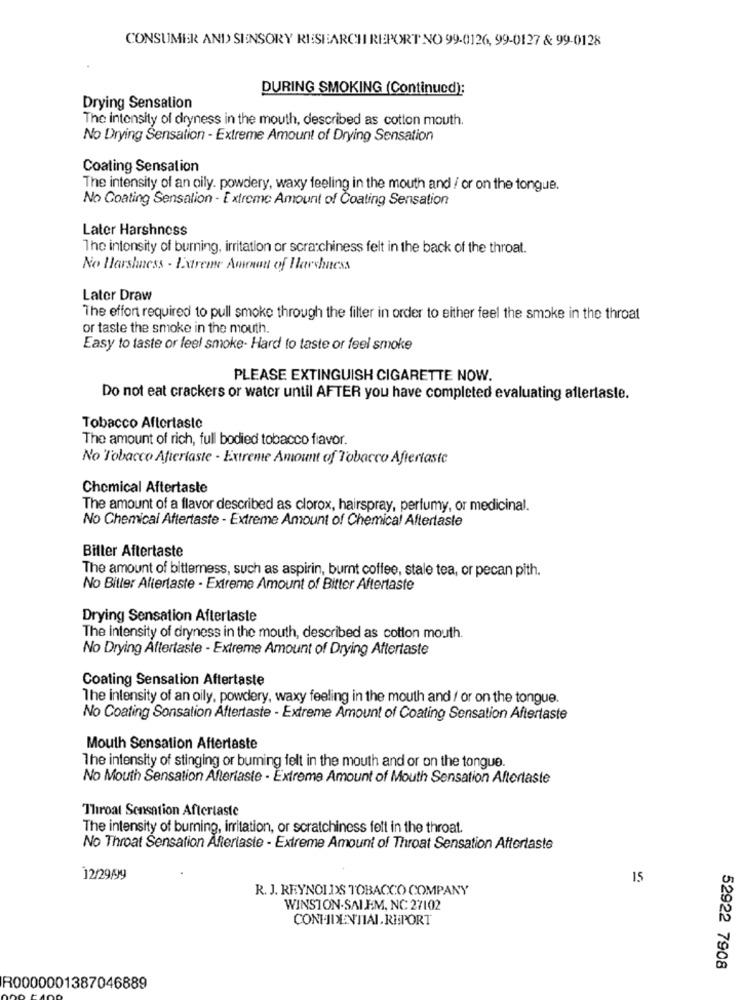
CONSUMER AND SENSORY RESEARCH REPORT NO 99-0126, 99-0127 & 99-0128
DURING SMOKING (Continued):
Drying Sensation
The intensity of dryness in the mouth, described as cotton mouth.
No Drying Sensation - Extreme Amount of Drying Sensation
Coating Sensation
The intensity of an oily. powdery, waxy feeling in the mouth and / or on the tongue.
No Coating Sensalion - Extreme Amount of Coating Sensation
Later Harshness
The intensity of burning, irritation or scratchiness felt in the back of the throat.
No Harshness - Extreme Amenout of Harshness
Later Draw
The effort required to pull smoke through the filter in order to either feel the smoke in the throat
or taste the smoke in the mouth.
Easy to taste or feel smoke- Hard to taste or feel smoke
PLEASE EXTINGUISH CIGARETTE NOW.
Do not eat crackers or water until AFTER you have completed evaluating allerlasle.
Tobacco Aftertaste
The amount of rich, full bodied tobacco favor.
No Tobacco Aftertaste - Extreme Amount of Tobacco Aftertaste
Chemical Aftertaste
The amount of a flavor described as clorox, hairspray, perfumy, or medicinal.
No Chemical Aftertaste - Extreme Amount of Chemical Aftertaste
Biller Aftertaste
The amount of bitterness, such as aspirin, burnt coffee, stale tea, or pecan pith.
No Biller Aftertaste - Extreme Amount of Bitter Aftertaste
Drying Sensation Aftertaste
The intensity of dryness in the mouth, described as cotton mouth.
No Drying Aftertaste - Extreme Amount of Drying Aftertaste
Coating Sensation Aftertaste
The intensity of an oily, powdery, waxy feeling in the mouth and / or on the tongue.
No Coating Sonsation Aftertaste - Extreme Amount of Coating Sensation Aftertaste
Mouth Sensation Aftertaste
The intensity of stinging or buming felt in the mouth and or on the tongue.
No Mouth Sensation Aftertaste - Extreme Amount of Mouth Sensation Aftertaste
Throat Sensation Aftertaste
The intensity of burning, irritation, or scratchiness felt in the throat.
No Throat Sensation Afteriasie - Extreme Amount of Throat Sensation Aftertaste
12/29/99
15
R. J. REYNOLDS TOBACCO COMPANY
WINSTON-SALEM, NC 27102
CONFIDENTIAL.REPORT
52922 7908
R0000001387046889